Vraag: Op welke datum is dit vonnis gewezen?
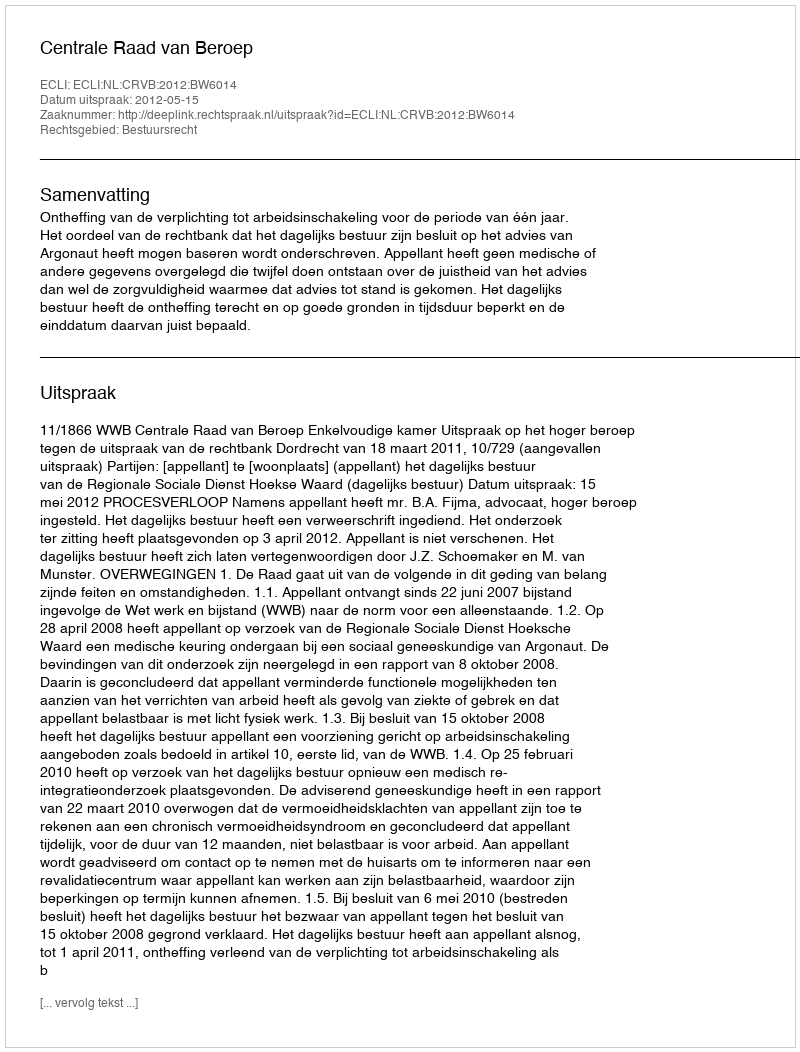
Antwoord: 2012-05-15